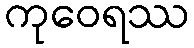
ကုဝေရဿ